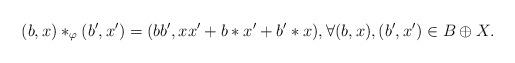
LaTeX: \begin{align*}(b,x)\ast_\varphi(b',x')=(bb',xx'+b \ast x' + b' \ast x), \forall (b,x),(b',x') \in B \oplus X.\end{align*}